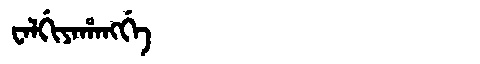
Manchu: ᠸᠠᠯᡤᡳᠶᠠᡥᠠᠩᡤᡝ
Romanization: WALGIYAHANGGE